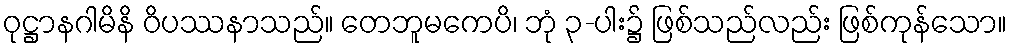
ဝုဋ္ဌာနဂါမိနိ ဝိပဿနာသည်။ တေဘူမကေပိ၊ ဘုံ ၃-ပါး၌ ဖြစ်သည်လည်း ဖြစ်ကုန်သော။